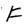
Character: F